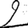
Digit: 2